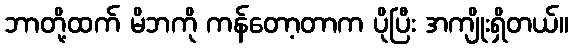
ဘာတို့ထက် မိဘကို ကန်တော့တာက ပိုပြီး အကျိုးရှိတယ်။